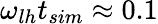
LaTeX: \omega_{lh}t_{sim}\approx 0.1